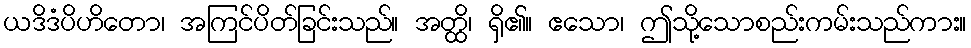
ယဒိဒံပိဟိတော၊ အကြင်ပိတ်ခြင်းသည်။ အတ္ထိ၊ ရှိ၏။ ဧသော၊ ဤသို့သောစည်းကမ်းသည်ကား။